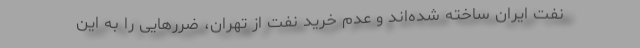
نفت ایران ساخته شده‌اند و عدم خرید نفت از تهران، ضررهایی را به این